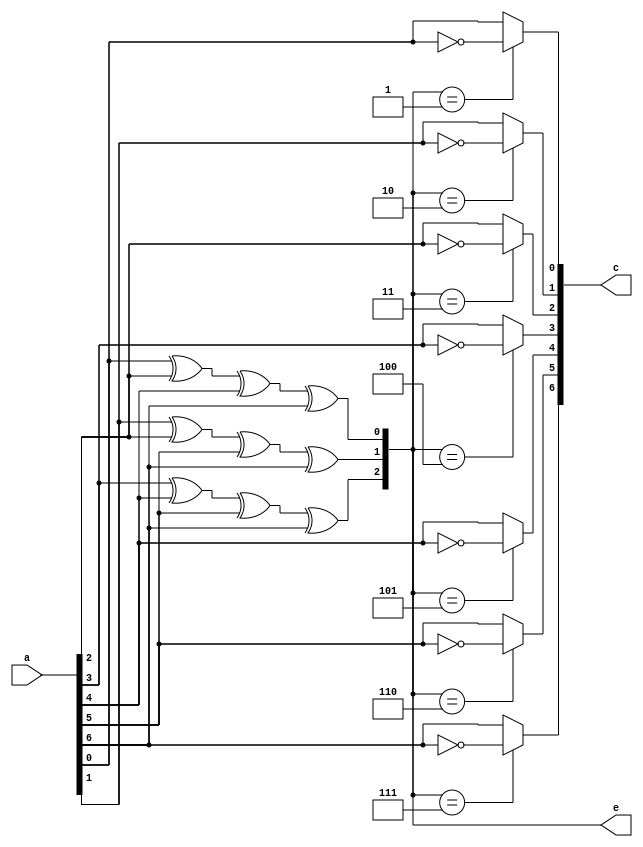
module hamming_det(a,e,c);
  input [6:0]a;
  output [6:0]c;
  output [2:0]e;
      assign e[0] = a[0]^a[2]^a[4]^a[6];
      assign e[1] = a[1]^a[2]^a[5]^a[6];
      assign e[2] = a[3]^a[4]^a[5]^a[6];
      assign c[0] = (e == 3'b001) ? ~a[0] : a[0];
      assign c[1] = (e == 3'b010) ? ~a[1] : a[1];
      assign c[2] = (e == 3'b011) ? ~a[2] : a[2];
      assign c[3] = (e == 3'b100) ? ~a[3] : a[3];
      assign c[4] = (e == 3'b101) ? ~a[4] : a[4];
      assign c[5] = (e == 3'b110) ? ~a[5] : a[5];
      assign c[6] = (e == 3'b111) ? ~a[6] : a[6];
endmodule